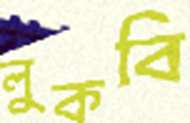
লুকবি